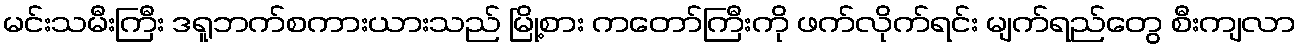
မင်းသမီးကြီး ဒရူဘက်စကားယားသည် မြို့စား ကတော်ကြီးကို ဖက်လိုက်ရင်း မျက်ရည်တွေ စီးကျလာ